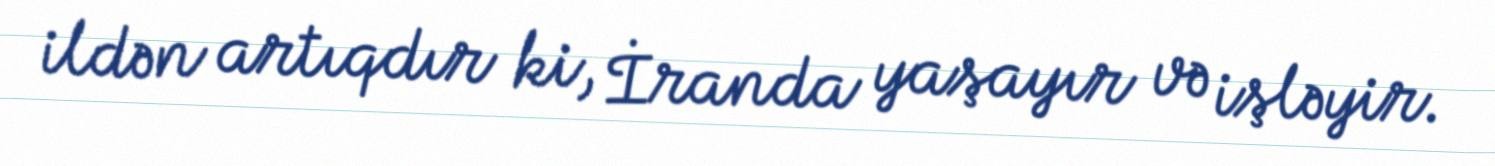
ildən artıqdır ki, İranda yaşayır və işləyir.